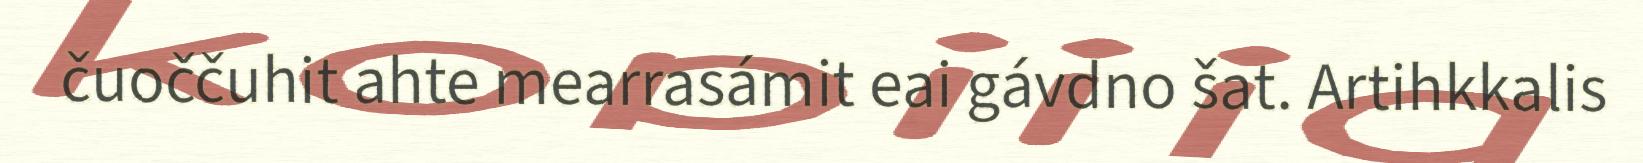
čuoččuhit ahte mearrasámit eai gávdno šat. Artihkkalis